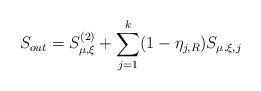
LaTeX: \begin{align*}S_{out} = S^{(2)}_{\mu, \xi} + \sum_{j = 1}^k(1 - \eta_{j, R})S_{\mu, \xi, j}\end{align*}